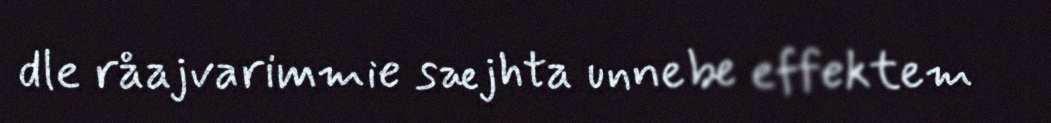
dle råajvarimmie sæjhta unnebe effektem